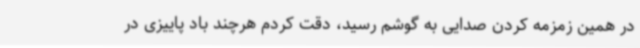
در همین زمزمه کردن صدایی به گوشم رسید، دقت کردم هرچند باد پاییزی در